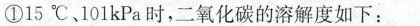
①15℃，101kPa时，二氧化碳的溶解度如下：